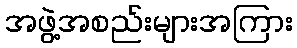
အဖွဲ့အစည်းများအကြား